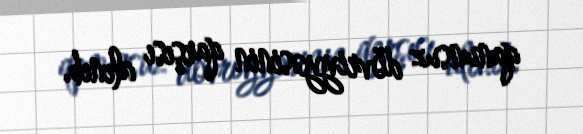
qanunsuz dövriyyəsinin qarşısı alınıb.